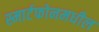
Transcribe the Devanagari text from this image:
स्मार्टफोनमधील